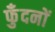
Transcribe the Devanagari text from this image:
फुँदनों